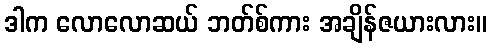
ဒါက လောလောဆယ် ဘတ်စ်ကား အချိန်ဇယားလား။